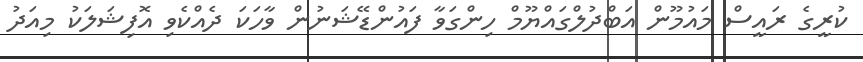
ކުރީގެ ރައީސް މައުމޫން އަބްދުލްގައްޔޫމް ހިންގަވާ ފައުންޑޭޝަނުން ވާހަކަ ދެއްކެވި އޮފިޝަލަކު މިއަދު